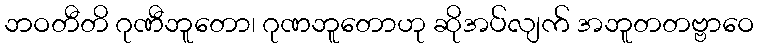
ဘဝတီတိ ဂုဏီဘူတော၊ ဂုဏဘူတောဟု ဆိုအပ်လျက် အဘူတတဗ္ဗာဝေ